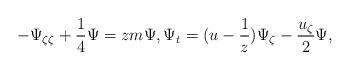
LaTeX: \begin{align*}-\Psi_{\zeta \zeta}+\frac14 \Psi=zm \Psi, \Psi_t=(u-\frac{1}{z})\Psi_{\zeta}-\frac{u_{\zeta}}{2} \Psi, \end{align*}